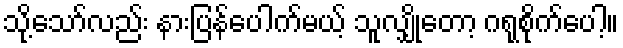
သို့သော်လည်း နားပြန်ပေါက်မယ့် သူလျှိုတော့ ဂရုစိုက်ပေါ့။